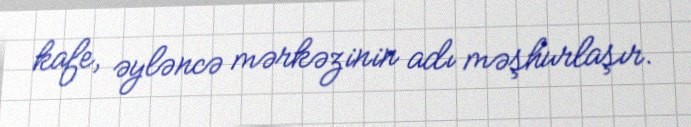
kafe, əyləncə mərkəzinin adı məşhurlaşır.